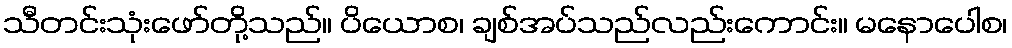
သီတင်းသုံးဖော်တို့သည်။ ပိယောစ၊ ချစ်အပ်သည်လည်းကောင်း။ မနောပေါစ၊